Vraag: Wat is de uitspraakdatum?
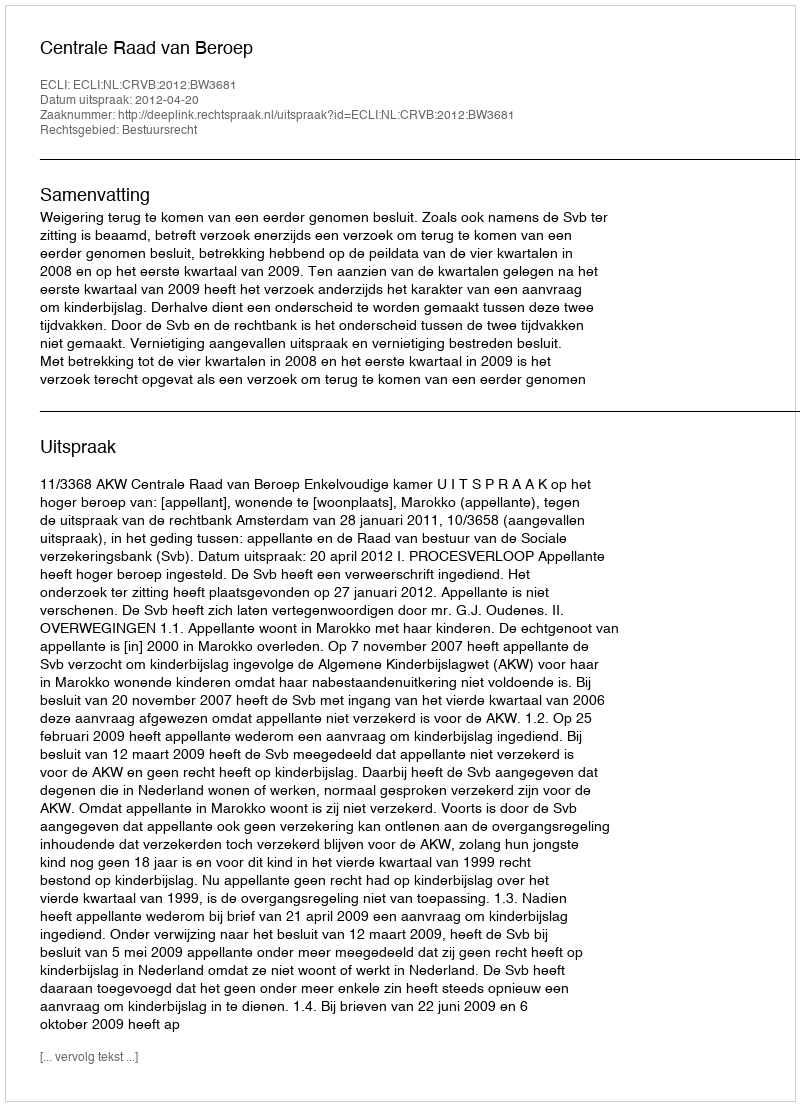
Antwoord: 2012-04-20